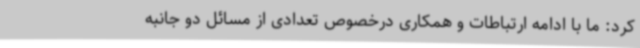
کرد: ما با ادامه ارتباطات و همکاری درخصوص تعدادی از مسائل دو جانبه